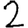
Digit: 2